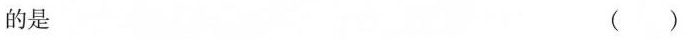
的是 （）